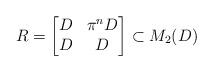
LaTeX: \begin{align*} R = \begin{bmatrix} D & \pi^n D \\ D & D \end{bmatrix} \subset M_2(D) \end{align*}